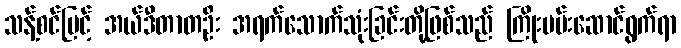
သန့်စင်မြင့် အယ်ဒီတာတဦး အရက်သောက်သုံးခြင်းတို့ဖြစ်သည် ကြိုးပမ်းဆောင်ရွက်ရာ